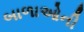
બાળાઓની